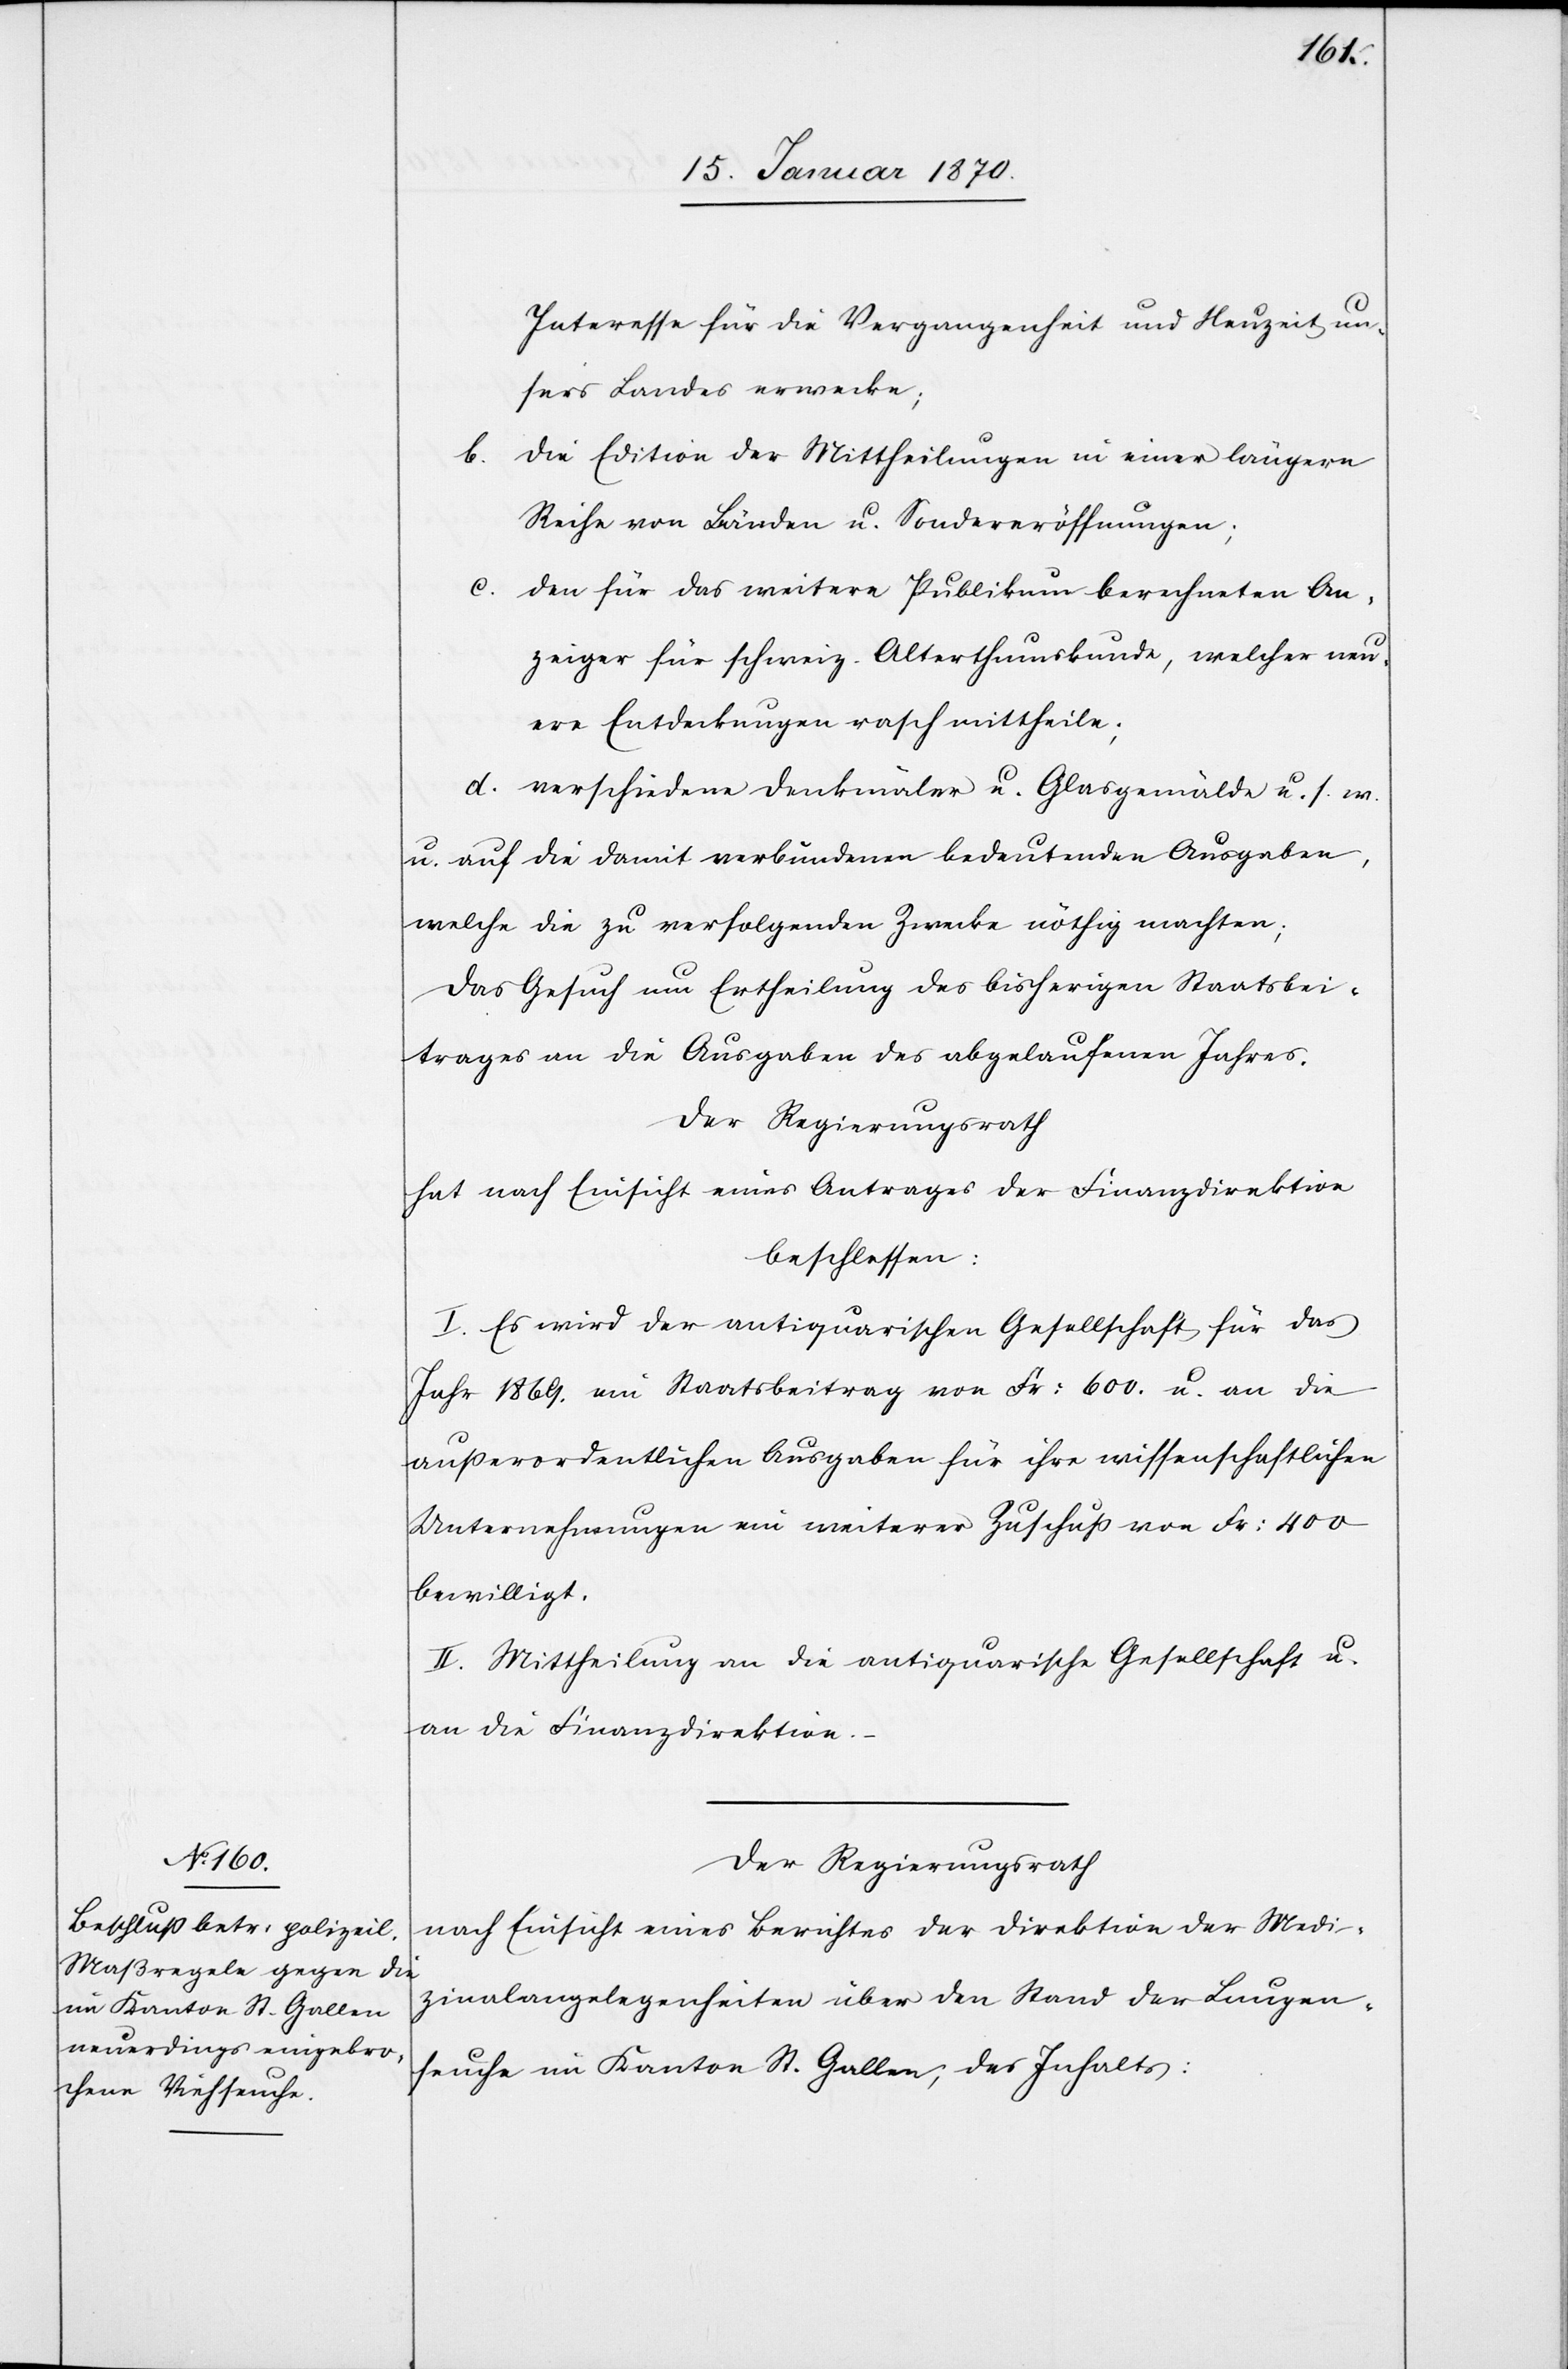
Interesse für die Vergangenheit und Neuzeit un¬
sers Landes erwecke;
b.
Die Edition der Mittheilungen in einer längern
Reihe von Bänden und Sondereröffnungen;
c.
Den für das weitere Publikum berechneten An¬
zeiger für schweiz. Alterthumskunde, welcher neu¬
ere Entdeckungen rasch mittheile;
d. verschiedene Denkmäler u. Glasgemälde u. s. w.
u. auf die damit verbundenen bedeutenden Ausgaben,
welche die zu verfolgenden Zwecke nöthig machten;
das Gesuch um Ertheilung des bisherigen Staatsbei¬
trages an die Ausgaben des abgelaufenen Jahres.
Der Regierungsrath
hat nach Einsicht eines Antrages der Finanzdirektion
beschlossen:
I. Es wird der antiquarischen Gesellschaft für das
Jahr 1869. ein Staatsbeitrag von Fr: 600. u. an die
außerordentlichen Ausgaben für ihre wissenschaftlichen
Unternehmungen ein weiterer Zuschuß von Fr: 400.
bewilligt.
II. Mittheilung an die antiquarische Gesellschaft u.
an die Finanzdirektion.
Der Regierungsrath
nach Einsicht eines Berichtes der Direktion der Medi¬
zinalangelegenheiten über den Stand der Lungen¬
seuche im Kanton St. Gallen, des Inhalts: